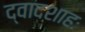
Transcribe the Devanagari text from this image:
द्वादशाहः